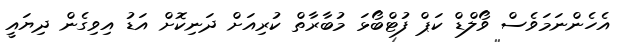
އެހެންނަމަވެސް ވޯލްޑް ކަޕް ފުޓްބޯޅަ މުބާރާތް ކުރިއަށް ދަނިކޮށް އަޑު އިވިގެން ދިޔައީ